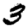
Digit: 3